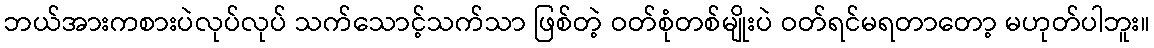
ဘယ်အားကစားပဲလုပ်လုပ် သက်သောင့်သက်သာ ဖြစ်တဲ့ ဝတ်စုံတစ်မျိုးပဲ ဝတ်ရင်မရတာတော့ မဟုတ်ပါဘူး။